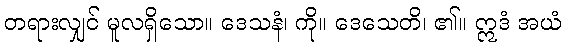
တရားလျှင် မူလရှိသော။ ဒေသနံ၊ ကို။ ဒေသေတိ၊ ၏။ ဣဒံ အယံ